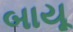
બાયૂ